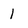
Character: 1